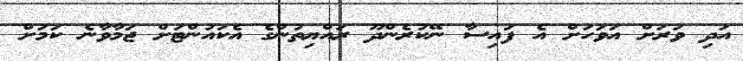
އަދި ވަރަށް އަވަހަށް އެ ފައިސާ ނޭކުރެންދޫ ރައްޔިތުންގެ އެކައުންޓަށް ޖަމާވާނެ ކަމަށް